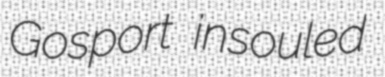
Gosport insouled